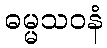
ဓမ္မသဝနံ